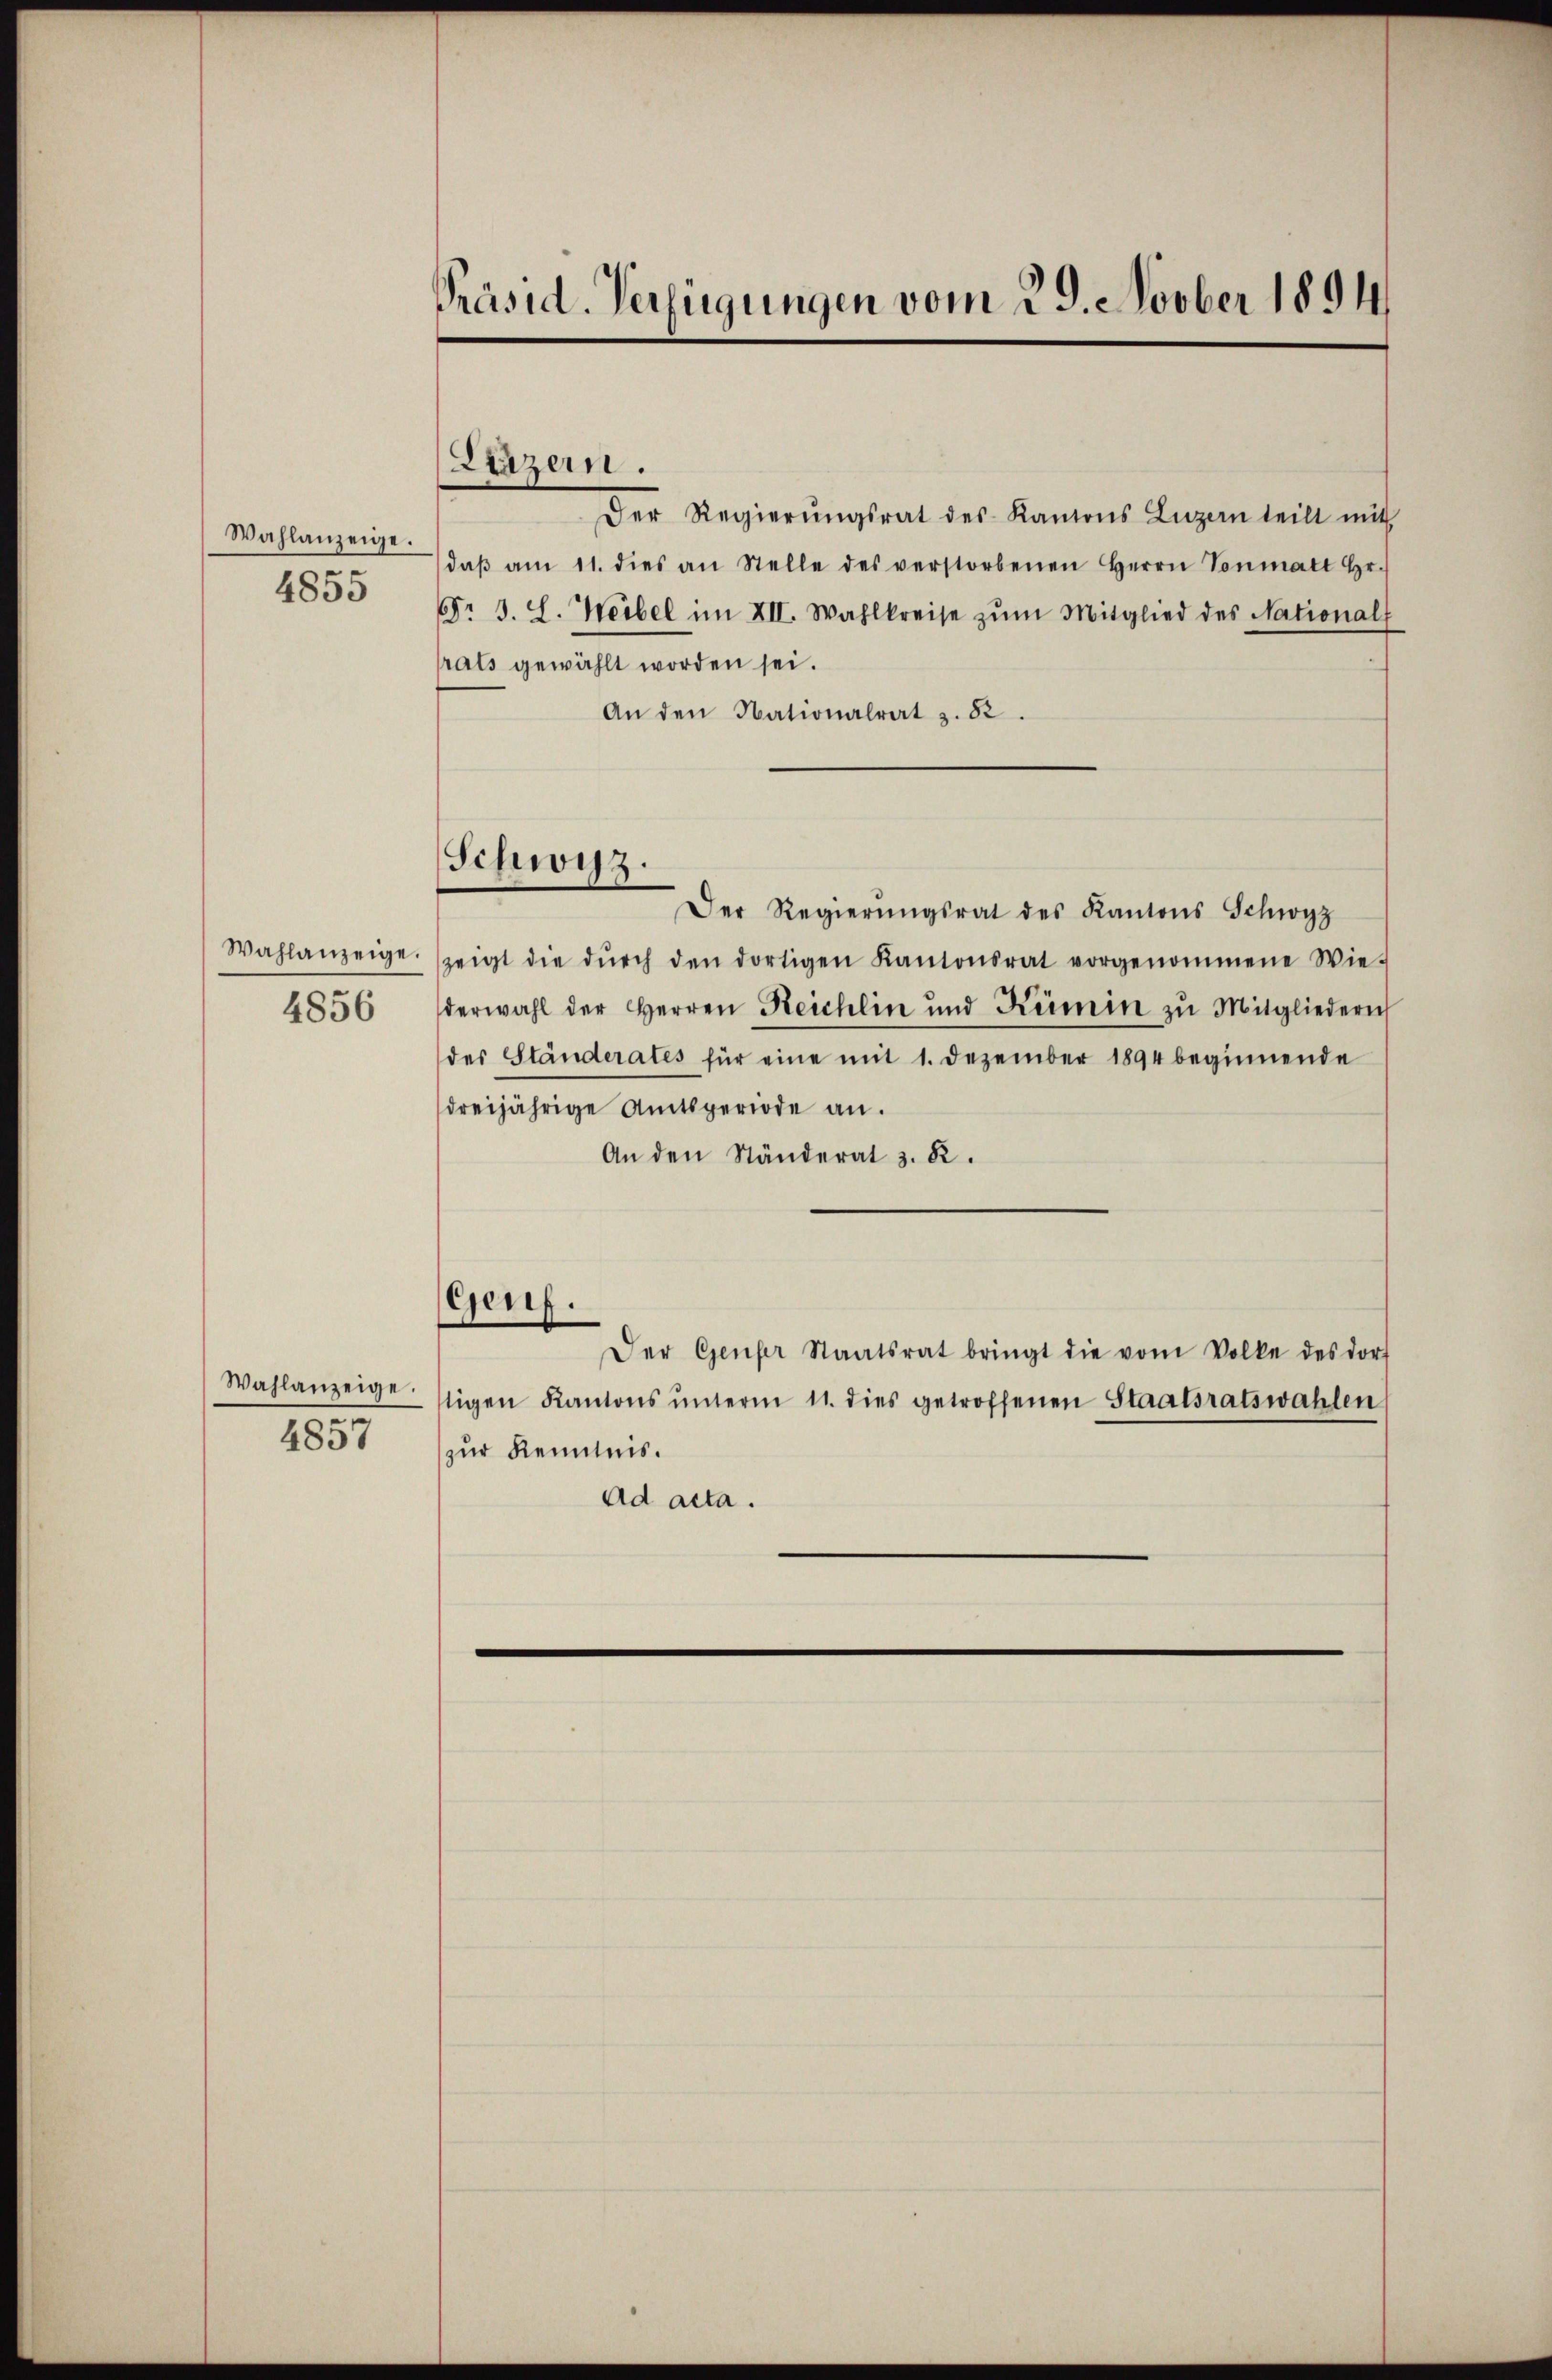
Wahlanzeige.
4855

Wahlanzeige.
4856

Wahlanzeige.
4857

Präsid. Verfügungen vom 29. Novber 1894

Luzern.

Schwyz.

Der Regierŭngsrat des Kantons Luzern teilt mit
daβ am 11. dies an Stelle des verstorbenen Herrn Vonmatt Hr.
Fr. 3. L. Weibel im XII. Wahlkreise zŭm Mitglied des Nationalt
rats gewählt worden sei.
An den Nationalrat z. 52.
Der Regierŭngsrat des Kantons Schwyz
zeigt die dŭrch den dortigen Kantonsrat vorgenommene Wie-
derwahl der Herren Reichlin und Kümin zu Mitgliederis
des Ständerates für eine mit 1. Dezember 1894 beginnende
dreijährige Amtsperiode an.
An den Ständerat z. R.
Genf.
Der Genfer Staatsrat bringt die vom Volke des Dorf
tigen Kantons ŭnterm 11. dies getroffenen Staatsratswahlen
zur Kenntnis.
ad acta.